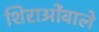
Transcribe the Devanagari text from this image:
शिराओंवाले